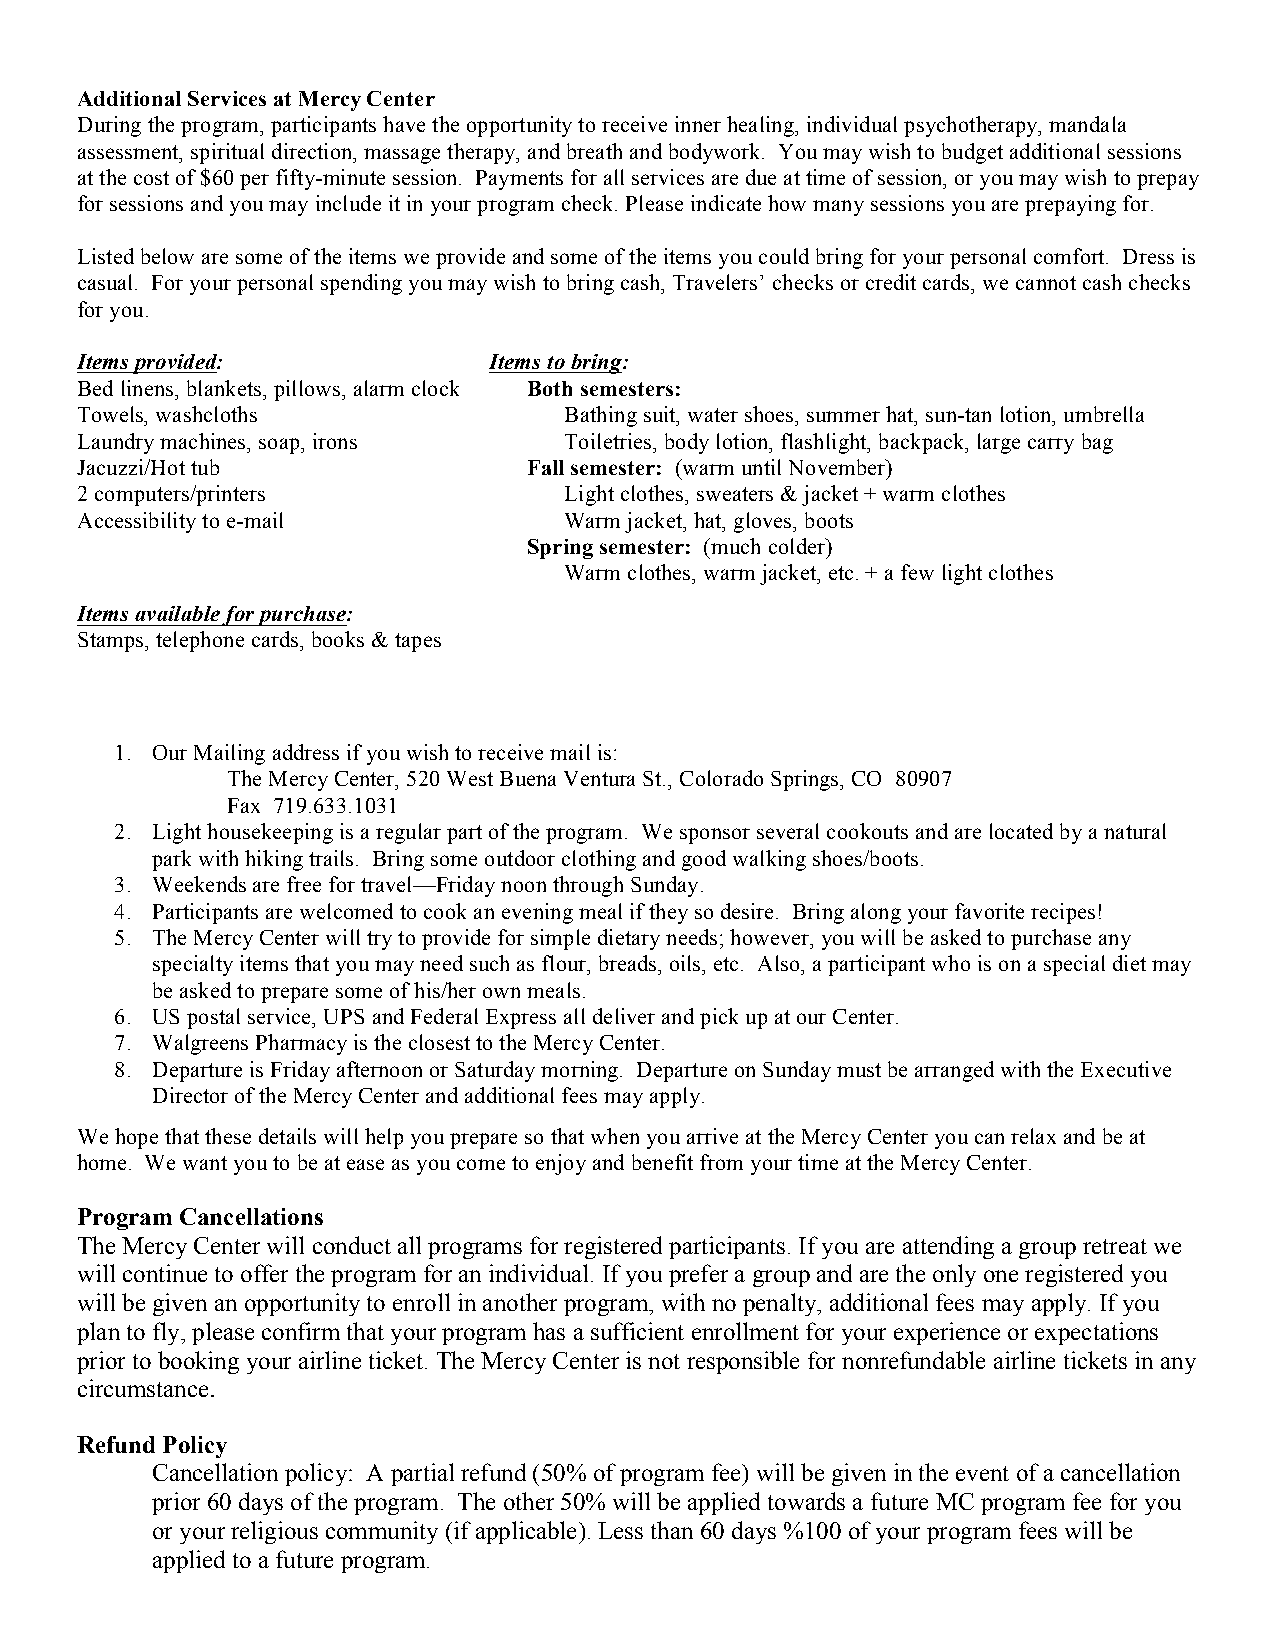
Additional Services at Mercy Center
 During the program, participants have the opportunity to receive inner healing, individual psychotherapy, mandala
 assessment, spiritual direction, massage therapy, and breath and bodywork. You may wish to budget additional sessions
 at the cost of $60 per fifty-minute session. Payments for all services are due at time of session, or you may wish to prepay
 for sessions and you may include it in your program check. Please indicate how many sessions you are prepaying for.
 Listed below are some of the items we provide and some of the items you could bring for your personal comfort. Dress is
 casual. For your personal spending you may wish to bring cash, Travelers’ checks or credit cards, we cannot cash checks
 for you.
 Items provided:            Items to bring:
 Bed linens, blankets, pillows, alarm clock Both semesters:
 Towels, washcloths              Bathing suit, water shoes, summer hat, sun-tan lotion, umbrella
 Laundry machines, soap, irons   Toiletries, body lotion, flashlight, backpack, large carry bag
 Jacuzzi/Hot tub               Fall semester: (warm until November)
 2 computers/printers            Light clothes, sweaters & jacket + warm clothes
 Accessibility to e-mail         Warm jacket, hat, gloves, boots
 Spring semester: (much colder)
 Warm clothes, warm jacket, etc. + a few light clothes
 Items available for purchase:
 Stamps, telephone cards, books & tapes
 1. Our Mailing address if you wish to receive mail is:
 The Mercy Center, 520 West Buena Ventura St., Colorado Springs, CO 80907
 Fax 719.633.1031
 2. Light housekeeping is a regular part of the program. We sponsor several cookouts and are located by a natural
 park with hiking trails. Bring some outdoor clothing and good walking shoes/boots.
 3. Weekends are free for travel—Friday noon through Sunday.
 4. Participants are welcomed to cook an evening meal if they so desire. Bring along your favorite recipes!
 5. The Mercy Center will try to provide for simple dietary needs; however, you will be asked to purchase any
 specialty items that you may need such as flour, breads, oils, etc. Also, a participant who is on a special diet may
 be asked to prepare some of his/her own meals.
 6. US postal service, UPS and Federal Express all deliver and pick up at our Center.
 7. Walgreens Pharmacy is the closest to the Mercy Center.
 8. Departure is Friday afternoon or Saturday morning. Departure on Sunday must be arranged with the Executive
 Director of the Mercy Center and additional fees may apply.
 We hope that these details will help you prepare so that when you arrive at the Mercy Center you can relax and be at
 home. We want you to be at ease as you come to enjoy and benefit from your time at the Mercy Center.
 Program Cancellations
 The Mercy Center will conduct all programs for registered participants. If you are attending a group retreat we
 will continue to offer the program for an individual. If you prefer a group and are the only one registered you
 will be given an opportunity to enroll in another program, with no penalty, additional fees may apply. If you
 plan to fly, please confirm that your program has a sufficient enrollment for your experience or expectations
 prior to booking your airline ticket. The Mercy Center is not responsible for nonrefundable airline tickets in any
 circumstance.
 Refund Policy
 Cancellation policy: A partial refund (50% of program fee) will be given in the event of a cancellation
 prior 60 days of the program. The other 50% will be applied towards a future MC program fee for you
 or your religious community (if applicable). Less than 60 days %100 of your program fees will be
 applied to a future program.